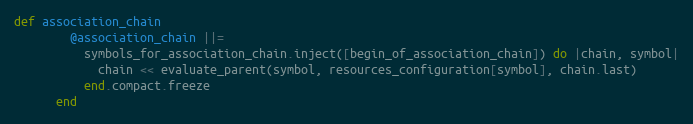
Language: Ruby
def association_chain
        @association_chain ||=
          symbols_for_association_chain.inject([begin_of_association_chain]) do |chain, symbol|
            chain << evaluate_parent(symbol, resources_configuration[symbol], chain.last)
          end.compact.freeze
      end